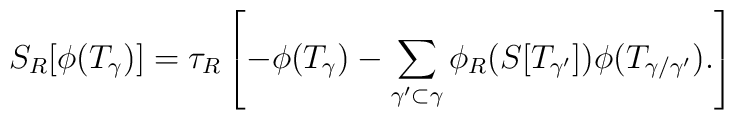
S_R[\phi(T_\gamma)]=\tau_R\left[-\phi(T_\gamma)-\sum_{\gamma^\prime\subset\gamma}\phi_R(S[T_{\gamma^\prime}])\phi(T_{\gamma/\gamma^\prime}). \right]